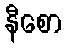
နီစော